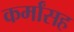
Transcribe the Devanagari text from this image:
कर्मांसह